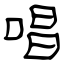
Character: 唱